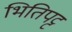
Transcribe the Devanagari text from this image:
भितिपट्ट